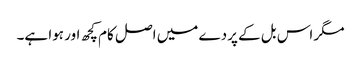
مگر اس بل کے پردے میں اصل کام کچھ اور ہوا ہے۔